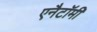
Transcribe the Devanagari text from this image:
एनैटॉमी